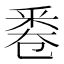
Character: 𠨟